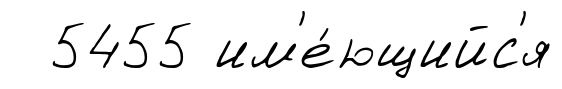
5455 им'е́ющийс'я